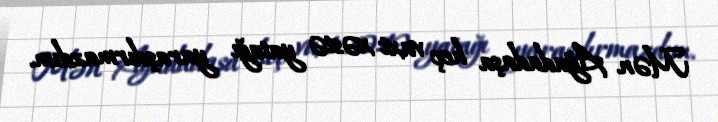
Mən Ağadadaşa heç vaxt xəstə yatağı yaraşdırmazdım.